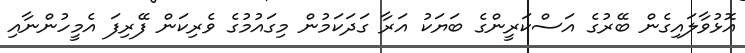
އޮޅުވާލައިގެން ބޭރުގެ އަސްކަރީންގެ ބަޔަކު އަރާ ގަދަކަމުން މިގައުމުގެ ވެރިކަން ފޭރިފަ އެމީހުންނާއި